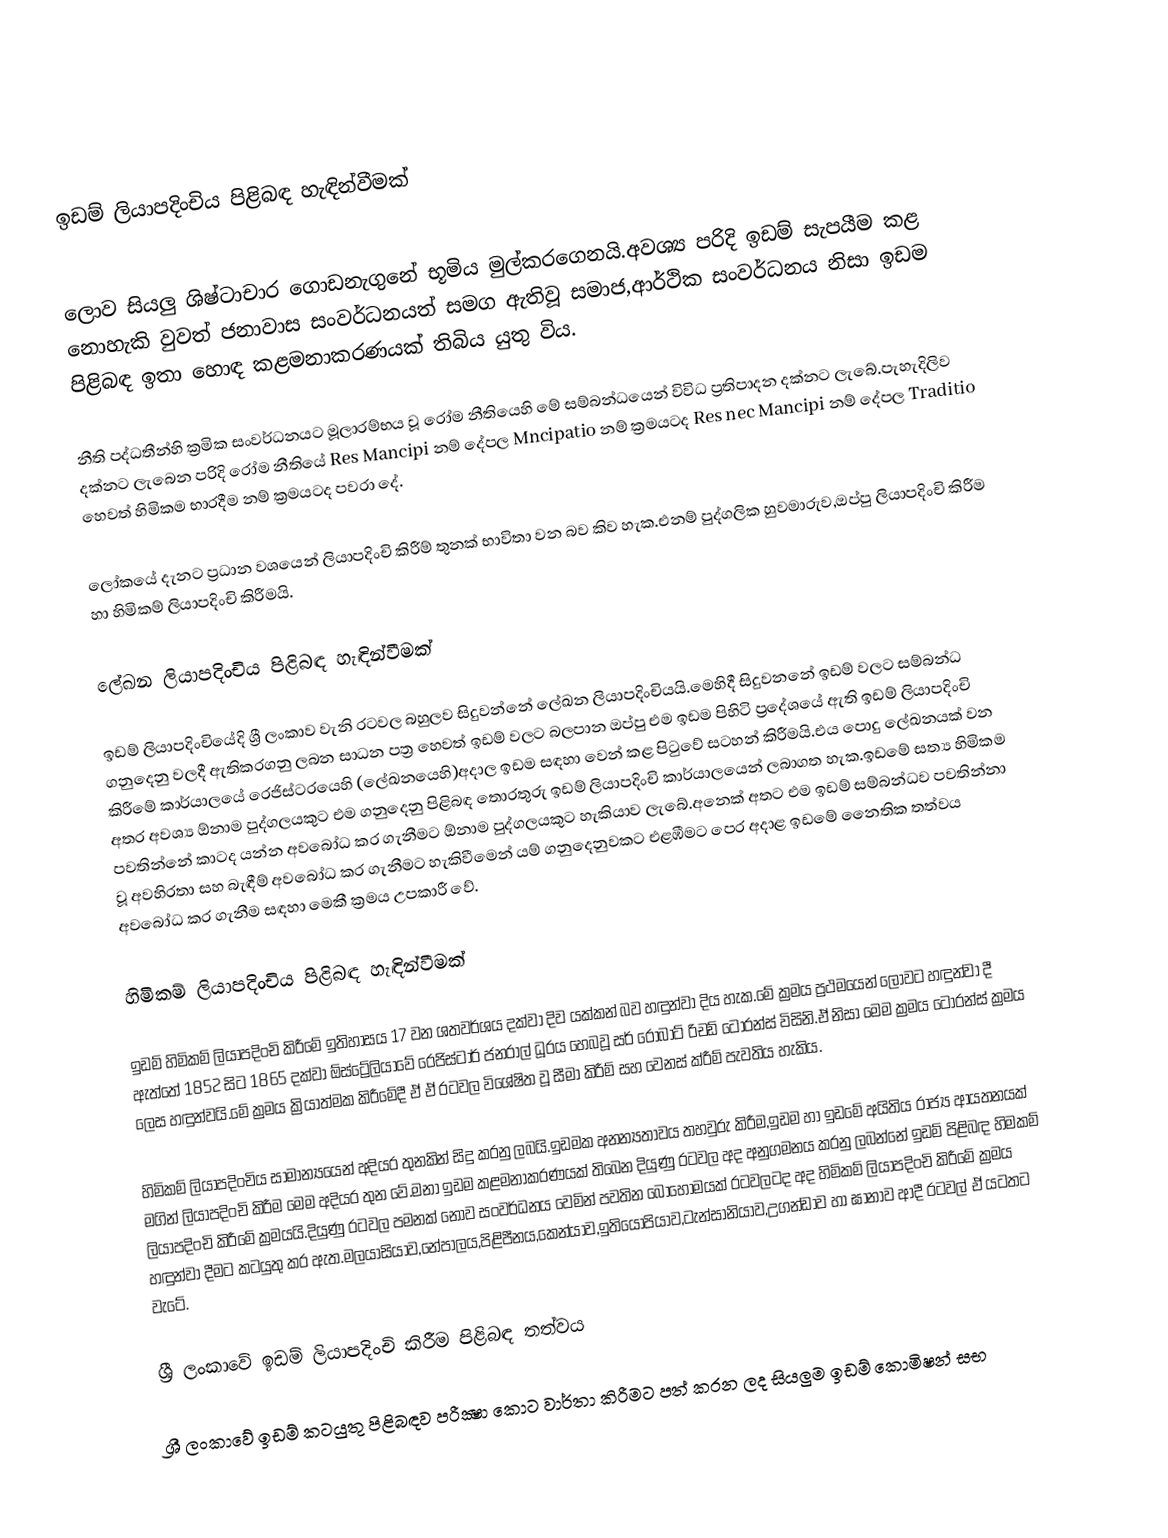

ඉඩම් ලියාපදිංචිය පිළිබඳ හැඳින්වීමක්

ලොව සියලු ශිෂ්ටාචාර ගොඩනැගුනේ භූමිය මුල්කරගෙනයි.අවශ්‍ය පරිදි ඉඩම් සැපයීම කළ නොහැකි වුවත් ජනාවාස සංවර්ධනයත් සමග ඇතිවූ සමාජ,ආර්ථික සංවර්ධනය නිසා ඉඩම පිළිබඳ ඉතා හොඳ කළමනාකරණයක් තිබිය යුතු විය.

නීති පද්ධතීන්හි ක්‍රමික සංවර්ධනයට මූලාරම්භය වූ රෝම නීතියෙහි මේ සම්බන්ධයෙන් විවිධ ප්‍රතිපාදන දක්නට ලැබේ.පැහැදිලිව දක්නට ලැබෙන පරිදි රෝම නීතියේ Res Mancipi නම් දේපල Mncipatio නම් ක්‍රමයටද Res nec Mancipi නම් දේපල Traditio හෙවත් හිමිකම භාරදීම නම් ක්‍රමයටද පවරා දේ.

ලෝකයේ දැනට ප්‍රධාන වශයෙන් ලියාපදිංචි කිරීම් තුනක් භාවිතා වන බව කිව හැක.එනම් පුද්ගලික හුවමාරුව,ඔප්පු ලියාපදිංචි කිරීම හා හිමිකම් ලියාපදිංචි කිරීමයි.

ලේඛන ලියාපදිංචිය පිළිබඳ හැඳින්වීමක්

ඉඩම් ලියාපදිංචියේදි ශ්‍රී ලංකාව වැනි රටවල බහුලව සිදුවන්නේ ලේඛන ලියාපදිංචියයි.මෙහිදී සිදුවනනේ ඉඩම් වලට සම්බන්ධ ගනු‍දෙනු වලදී ඇතිකරගනු ලබන සාධන පත්‍ර හෙවත් ඉඩම් වලට බලපාන ඔප්පු එම ඉඩම පිහිටි ප්‍රදේශයේ ඇති ඉඩම් ලියාපදිංචි කිරීමේ කාර්යාලයේ රෙජිස්ටරයෙහි (ලේඛනයෙහි)අදාල ඉඩම සඳහා වෙන් කළ පිටුවේ සටහන් කිරීමයි.එය පොදු ලේඛනයක් වන අතර අවශ්‍ය ඕනාම පුද්ගලයකුට එම ගනුදෙනු පිළිබඳ තොරතුරු ඉඩම් ලියාපදිංචි කාර්යාලයෙන් ලබාගත හැක.ඉඩමේ සත්‍ය හිමිකම පවතින්නේ කාටද යන්න අව‍බෝධ කර ගැනීමට ඕනාම පුද්ගලයකුට හැකියාව ලැබේ.අනෙක් අතට එම ඉඩම් සම්බන්ධව පවතින්නා වූ අවහිරතා සහ බැඳීම් අවබෝධ කර ගැනීමට හැකිවීමෙන් යම් ගනුදෙනුවකට එළඹීමට පෙර අදාළ ඉඩමේ නෛතික තත්වය අවබෝධ කර ගැනීම සඳහා මෙකී ක්‍රමය ‍උපකාරී වේ.

හිමිකම් ලියාපදිංචිය පිළිබඳ හැඳින්වීමක්

ඉඩම් හිමිකම් ලියාපදිංචි කිරීමේ ඉතිහාසය 17 වන ශතවර්ශය දක්වා දිව යක්කන් බව හඳුන්වා දිය හැක.මේ ක්‍රමය ප්‍රථමයෙන් ලොවට හඳුන්වා දී ඇත්තේ 1852 සිට 1865 දක්වා ඕස්ට්‍රේලියාවේ රෙජිස්ටාර් ජනරාල් ධූරය හෙබවූ සර් රොබාට් රිචඩ් ටොරන්ස් විසිනි.ඒ නිසා මෙම ක්‍රමය ටොරන්ස් ක්‍රමය ලෙස හඳුන්වයි.මේ ක්‍රමය ක්‍රියාත්මක කිරීමේදී ඒ ඒ රටවල විශේෂිත වූ සීමා කිරීම් සහ වෙනස් ක්රීම් පැවතිය හැකිය.

හිමිකම් ලියාපදිංචිය සාමාන්‍යයෙන් අදියර තුනකින් සිදු කරනු ලබයි.ඉඩමක අනන්‍යතාවය තහවුරු කිරීම,ඉඩම හා ඉඩමේ අයිතිය රාජ්‍ය ආයතනයක් මගින් ලියාපදිංචි කිරීම මෙම අදියර තුන වේ.මනා ඉඩම කළමනාකරණයක් තිබෙන දියුණු රටවල අද අනුගමනය කරනු ලබන්නේ ඉඩම් පිළිබඳ හිමකම් ලියාපදිංචි කිරීමේ ක්‍රමයයි.දියුණු රටවල පමනක් නොව සංවර්ධනය වෙමින් පවතින ‍බොහොමයක් රටවලටද අද හිමිකම් ලියාපදිංචි කිරීමේ ක්‍රමය හඳුන්වා දීමට කටයුතු කර ඇත.මලයාසියාව,නේපාලය,පිළිපීනය,කෙන්යාව,ඉතියෝපියාව,ටැන්සානියාව,උගන්ඩාව හා ඝානාව ආදී රටවල් ඒ යටතට වැටේ.

ශ්‍රී ලංකාවේ ඉඩම් ලියාපදිංචි කිරීම පිළිබඳ තත්වය

ශ්‍රී ලංකාවේ ඉඩම් කටයුතු පිළිබඳව පරීක්‍ෂා කොට වාර්තා කිරීමට පත් කරන ලද සියලුම ඉඩම් කොමිෂන් සභ